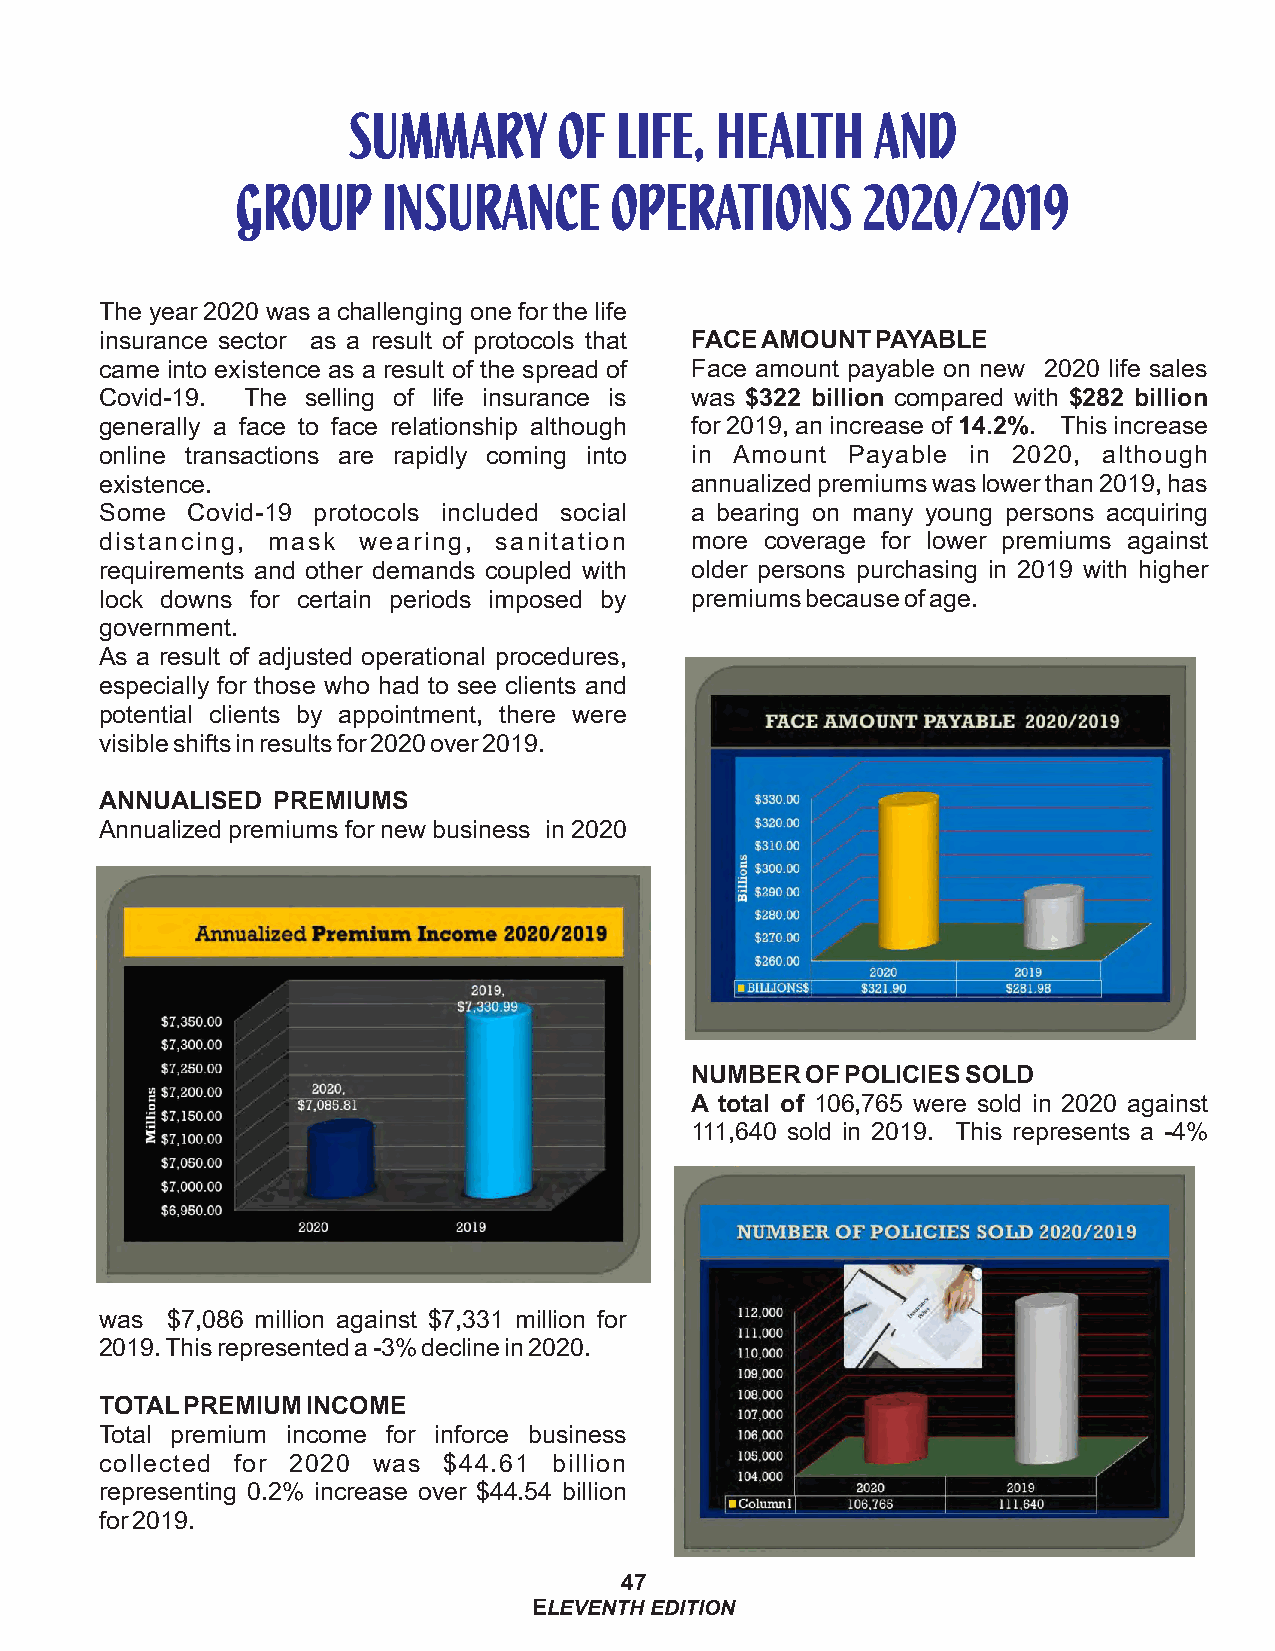
The year 2020 was a challenging one for the life
 insurance sector as a result of protocols that FACE AMOUNT PAYABLE
 came into existence as a result of the spread of Face amount payable on new 2020 life sales
 Covid-19. The selling of life insurance is was $322 billion compared with $282 billion
 generally a face to face relationship although for 2019, an increase of 14.2%. This increase
 online transactions are rapidly coming into in Amount Payable in 2020, although
 existence.                             annualized premiums was lower than 2019, has
 Some Covid-19 protocols included social a bearing on many young persons acquiring
 distancing, mask wearing, sanitation   more coverage for lower premiums against
 requirements and other demands coupled with older persons purchasing in 2019 with higher
 lock downs for certain periods imposed by premiums because of age.
 government.
 As a result of adjusted operational procedures,
 especially for those who had to see clients and
 potential clients by appointment, there were
 visible shifts in results for 2020 over 2019.
 ANNUALISED PREMIUMS
 Annualized premiums for new business in 2020
 NUMBER OF POLICIES SOLD
 A total of 106,765 were sold in 2020 against
 111,640 sold in 2019. This represents a -4%
 was $7,086 million against $7,331 million for
 2019. This represented a -3% decline in 2020.
 TOTAL PREMIUM INCOME
 Total premium income for inforce business
 collected for 2020 was $44.61 billion
 representing 0.2% increase over $44.54 billion
 for 2019.
 47
 ELEVENTH EDITION